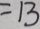
= 1 3